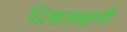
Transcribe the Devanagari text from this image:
दिसताक्षणी